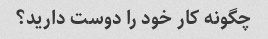
چگونه کار خود را دوست دارید؟